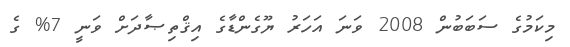
މިކަމުގެ ސަބަބުން 2008 ވަނަ އަހަރު ޔޫގެންޑާގެ އިޤްތިޞާދަށް ވަނީ 7% ގެ